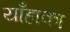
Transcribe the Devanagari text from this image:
याँहाका